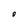
Character: 0